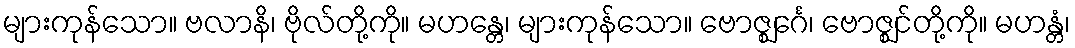
များကုန်သော။ ဗလာနိ၊ ဗိုလ်တို့ကို။ မဟန္တေ၊ များကုန်သော။ ဗောဇ္ဈင်္ဂေ၊ ဗောဇ္ဈင်တို့ကို။ မဟန္တံ၊